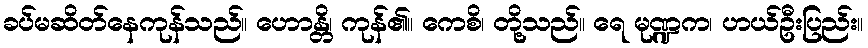
ခပ်မဆိတ်နေကုန်သည်။ ဟောန္တိ၊ ကုန်၏။ ကေစိ၊ တို့သည်။ ရေ မုဏ္ဍက၊ ဟယ်ဦးပြည်း။